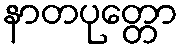
နာတပုတ္တော